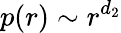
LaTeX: p(r)\sim r^{d_{2}}